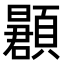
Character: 𬱌